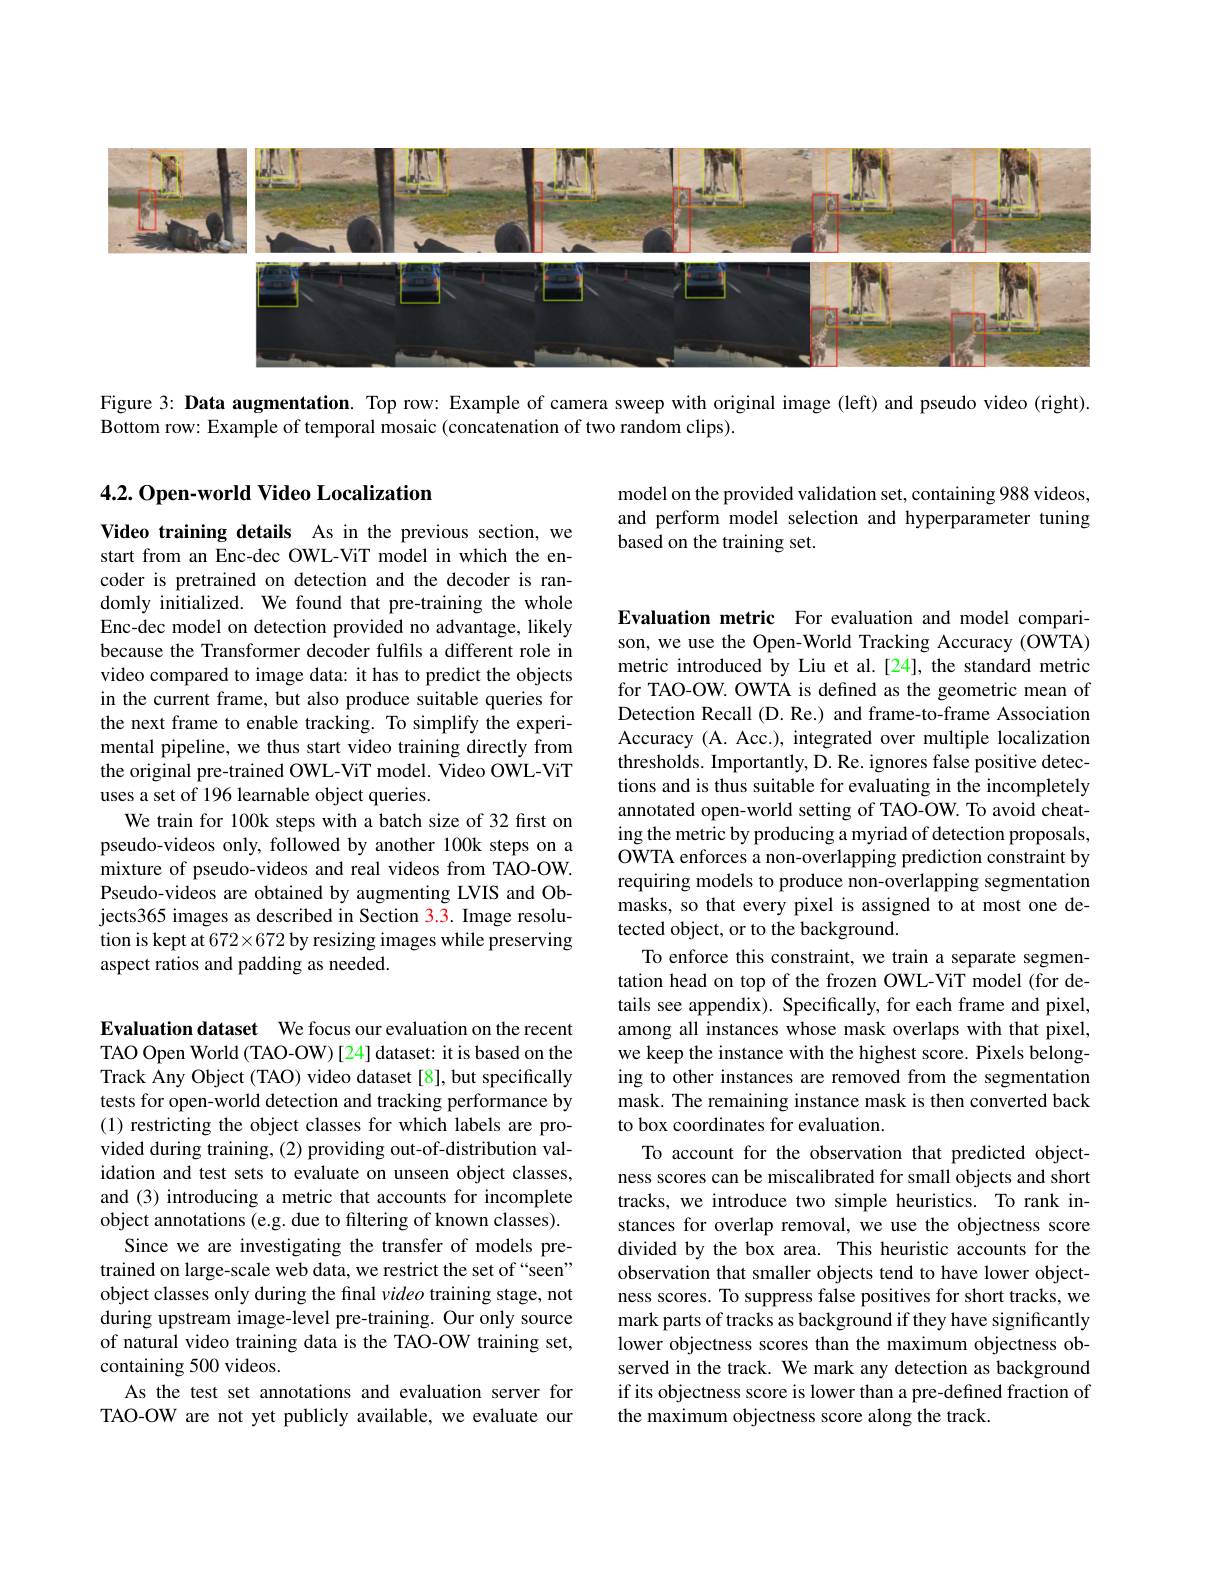
<FigureHere>

Figure 3: Data augmentation. Top row: Example of camera sweep with original image (left) and pseudo video (right).

Bottom row: Example of temporal mosaic (concatenation of two random clips).

### 4.2. Open-world Video Localization

Video training details As in the previous section, we start from an Enc-dec OWL-ViT model in which the encoder is pretrained on detection and the decoder is randomly initialized. We found that pre-training the whole Enc-dec model on detection provided no advantage, likely because the Transformer decoder fulfils a different role in video compared to image data: it has to predict the objects in the current frame, but also produce suitable queries for the next frame to enable tracking. To simplify the experimental pipeline, we thus start video training directly from the original pre-trained OWL-ViT model. Video OWL-ViT uses a set of 196 learnable object queries.
We train for 100k steps with a batch size of 32 first on pseudo-videos only, followed by another 100k steps on a mixture of pseudo-videos and real videos from TAO-OW. Pseudo-videos are obtained by augmenting LVIS and Objects365 images as described in Section 3.3. Image resolution is kept at 672×672 by resizing images while preserving aspect ratios and padding as needed.

Evaluation dataset We focus our evaluation on the recent TAO Open World (TAO-OW)[24] dataset: it is based on the Track Any Object (TAO) video dataset [8], but specifically tests for open-world detection and tracking performance by (1) restricting the object classes for which labels are provided during training, (2) providing out-of-distribution validation and test sets to evaluate on unseen object classes, and (3) introducing a metric that accounts for incomplete object annotations (e.g. due to filtering of known classes).
Since we are investigating the transfer of models pretrained on large-scale web data, we restrict the set of “seen” object classes only during the final video training stage, not during upstream image-level pre-training. Our only source of natural video training data is the TAO-OW training set, containing 500 videos.
As the test set annotations and evaluation server for TAO-OW are not yet publicly available, we evaluate our

model on the provided validation set, containing 988 videos, and perform model selection and hyperparameter tuning based on the training set.

Evaluation metric For evaluation and model comparison, we use the Open-World Tracking Accuracy (OWTA) metric introduced by Liu et al.[24], the standard metric for TAO-OW. OWTA is defined as the geometric mean of Detection Recall (D. Re.) and frame-to-frame Association Accuracy (A. Acc.), integrated over multiple localization thresholds. Importantly, D. Re. ignores false positive detections and is thus suitable for evaluating in the incompletely annotated open-world setting of TAO-OW. To avoid cheating the metric by producing a myriad of detection proposals, OWTA enforces a non-overlapping prediction constraint by requiring models to produce non-overlapping segmentation masks, so that every pixel is assigned to at most one detected object, or to the background.
To enforce this constraint, we train a separate segmentation head on top of the frozen OWL-ViT model (for details see appendix). Specifically, for each frame and pixel, among all instances whose mask overlaps with that pixel, we keep the instance with the highest score. Pixels belonging to other instances are removed from the segmentation mask. The remaining instance mask is then converted back to box coordinates for evaluation.
To account for the observation that predicted objectness scores can be miscalibrated for small objects and short tracks, we introduce two simple heuristics. To rank instances for overlap removal, we use the objectness score divided by the box area. This heuristic accounts for the observation that smaller objects tend to have lower objectness scores. To suppress false positives for short tracks, we mark parts of tracks as background if they have significantly lower objectness scores than the maximum objectness observed in the track. We mark any detection as background if its objectness score is lower than a pre-defined fraction of the maximum objectness score along the track.